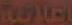
اعلانية